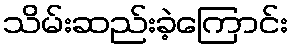
သိမ်းဆည်းခဲ့ကြောင်း